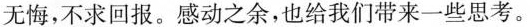
无悔，不求回报。感动之余，也给我们带来一些思考。